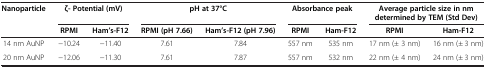
<table><thead><tr><td><b>Nanoparticle</b></td><td colspan="2"><b>ζ- Potential (mV)</b></td><td colspan="2"><b>pH at 37°C</b></td><td colspan="2"><b>Absorbance peak</b></td><td colspan="2"><b>Average particle size in nm</b></td></tr><tr><td><b> </b></td><td colspan="2"><b> </b></td><td colspan="2"><b> </b></td><td colspan="2"><b> </b></td><td colspan="2"><b>determined by TEM (Std Dev)</b></td></tr><tr><td><b> </b></td><td><b>RPMI</b></td><td><b>Ham’s-F12</b></td><td><b>RPMI (pH 7.66)</b></td><td><b>Ham’s-F12 (pH 7.96)</b></td><td><b>RPMI</b></td><td><b>Ham-F12</b></td><td><b>RPMI</b></td><td><b>Ham-F12</b></td></tr></thead><tbody><tr><td>14 nm AuNP</td><td>−10.24</td><td>−11.40</td><td>7.61</td><td>7.84</td><td>557 nm</td><td>535 nm</td><td>17 nm (± 3 nm)</td><td>16 nm (± 3 nm)</td></tr><tr><td>20 nm AuNP</td><td>−12.06</td><td>−11.30</td><td>7.61</td><td>7.87</td><td>557 nm</td><td>532 nm</td><td>22 nm (± 4 nm)</td><td>24 nm (± 3 nm)</td></tr></tbody></table>